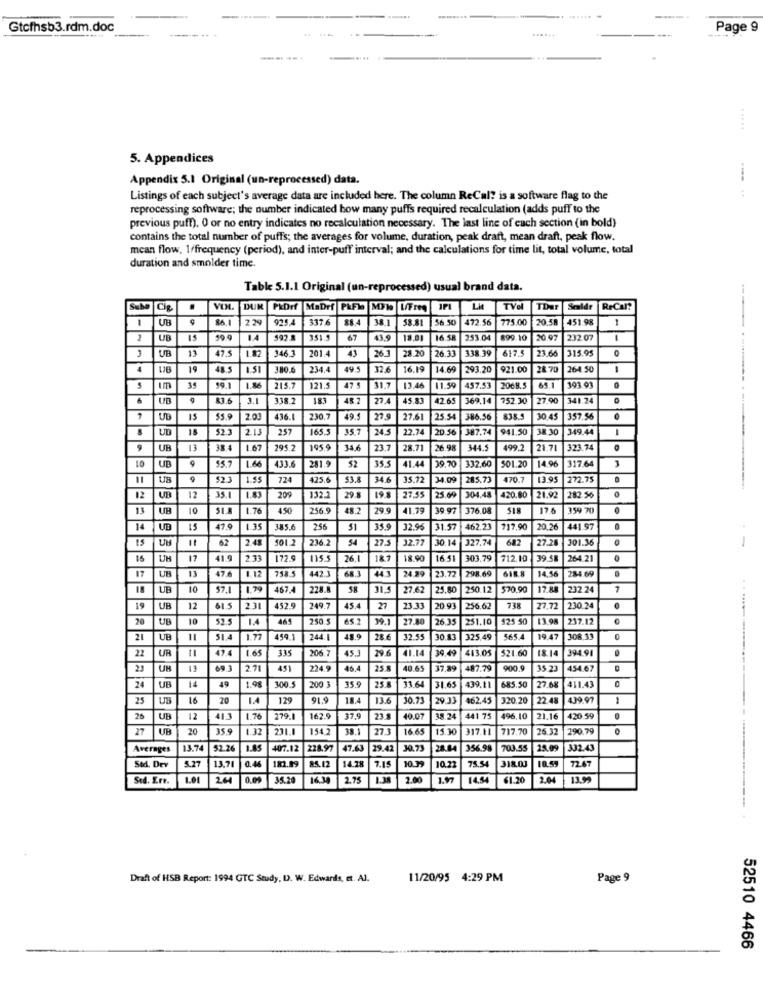
Gtcfhsb3.rdm.doc
Page 9
5. Appendices
Appendix 5.1 Original (un-reprocessed) data.
Listings of each subject's average data are included here. The column ReCal? is a software flag to the
reprocessing software; the number indicated how many puffs required recalculation (adds puff to the
previous puff). 0 or no entry indicates no recalculation necessary. The last line of each section (in bold)
contains the total number of puffs; the averages for volume, duration, peak draft, mean draft, peak flow.
mean flow, 1/frequency (period), and inter-puff interval; and the calculations for time lit, total volume, total
duration and smolder time.
Table 5.1.1 Original (un-reprocessed) usual brand data.
Suba
Cig
.
VIN.
DUN
MaDrf P&Fle Mile L/Freq
Lit
TVe
TDur
Saldr
ReCal?
UB
86.1
2.29
925.4
3376
38.1
58.81
56 50
472.56
775.00
20.58
451.98
2
UB
19
99 9
1.4
351.
67
43.9
18,01
16.5
253.04
899.10
20.97
232 07
1
UB
13
47.5
43
28.20
338.39
617
23,6
115.95
3
1.82
3463
2014
26.1
26.3
4
UB
19
1.51
380.6
234.4
49.5
32.6
16.19
14.69
293.20
921.00
28.70
264.50
35
99.1
215.7
121.5
47 5
31.7
13.46
11.59
457.53
2068.5
65.1
193 91
UD
3.1
338.2
183
48.2
22.4
45.83
42.65
369.14
752 30
27.90
341.24
UB
15
$5.9
2.03
436.1
230.7
49.5
27.9
27.61
25.54
386.56
838.5
30.45
357.56
UD
18
2.13
257
165.5
35.7
24.5
22.74
20.56
387.74
941.50
38 30
349.44
9
UB
13
38.4
1.67
295.2
195.9
23.7
28.71
26.98
344.5
499.2
21.71
323.74
10
UB
16
9
$5.7
433.6
281.9
52
35.5
41.44
19.70
332.60
501.20
14.96
317.64
UB
9
$2.3
1.55
425.6
53.8
34.6
35.72
24.09
285.73
470.7
13.95
272.75
12
UB
12
35.1
1.83
200
132.2
29.3
19.3
27.55
25.60
304.48
420.80
21.92
282 56
13
UH
10
1.76
450
256.9
48.
29.9
41.79
376.08
518
17.6
359 70
14
UD
15
47.5
1.35
3.85.6
25
51
35.9
12.95
31.57
462.23
717.90
20.26
441 97
62
2.45
101.2
236.2
54
27.5
32.77
30 14
327.74
682
27.20
301.36
-
UB
17
41.9
2.33
172.9
115.5
26.1
18.7
18.90
16. 51
303.79
712.10
39.58
264.21
17
UB
13
476
1.12
758.5
442.3
68.3
24.99
23.72
298.69
6188
284.69
443
14.56
18
UB
10
57.1
1.79
467.
228.8
58
31,5
27.62
125.80
250.12
570.90
17.88
232.24
7
19
UP
12
61 5
231
452.9
249.7
45.4
27
23.33
20.93
256.62
27.72
230.24
20
UB
10
52.5
1.4
469
250.5
65.2
99.1
27.80
26.35
251.10
125 50
237.12
21
UB
11
51.4
1.77
459.1
244 1
48.9
28.6
32.55
30 13
325.49
565.4
19.47
308 13
22
47.4
165
335
206.7
45.]
41.14
39.49
413.05
$21.60
18.14
394.91
0
UR
23
UH
13
69 3
2.71
451
224.9
46.4
25 8
40.65
17.89
487.79
900.0
35.23
454.67
24
UB
14
49
1.98
100.5
200 3
35.9
11.64
31.65
439.11
685.50
27.68
411.43
25
UT
16
20
1.4
129
91.9
18
13.6
10.73
29.33
462.45
320.20
22.48
439.97
1
25
UB
12
413
1.76
279.1
162.9
37.9
23.3
40.07
38. 24
441 75
496.10
21.16
420 59
0
27
UB
20
35.9
1.32
231.1
1542
27.3
16 65
15.30
317.11
717.70
26.32
290.79
0
Averages
13.74
52.26
1.85
407.12
228.97
47.43
29.42
30.73
28.84
356.98
703.55
25.09
332.43
182.99
10.39
10.55
72.67
Sed. Dev
13.71
0.4
85.12
14.28
10.22
75.54
Std. Err.
L.O
24
0.09
35.20
16.30
2.75
2.00
1.97
14.54
61.20
2.04
13.99
--
Draft of HSB Report: 1994 GTC Study, I. W. Edwards, et. Al.
11/20/95 4:29 PM
Page 9
52510 4466